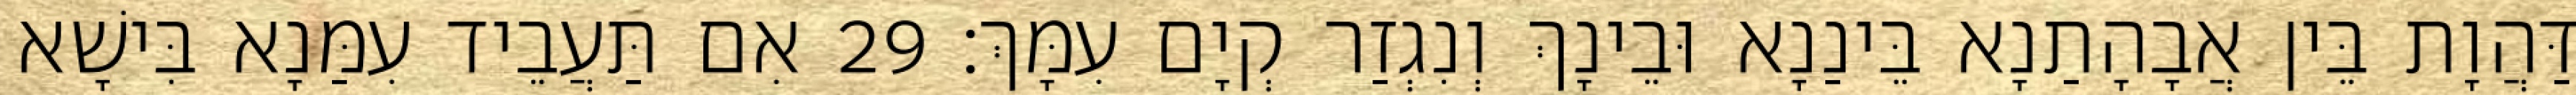
דַּהֲוָת בֵּין אֲבָהָתַנָא בֵּינַנָא וּבֵינָךְ וְנִגְזַר קְיָם עִמָּךְ׃ 29 אִם תַּעֲבֵיד עִמַּנָא בִּישָׁא